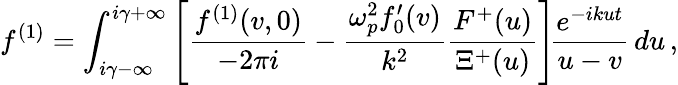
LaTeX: f^{(1)}=\int_{i\gamma-\infty}^{i\gamma+\infty}\left[\frac{f^{(1)}(v,0)}{-2\pi i}-\frac{\omega_{p}^{2}f_{0}^{\prime}(v)}{k^{2}}\frac{F^{+}(u)}{\Xi^{+}(u)}\right]\! \frac{e^{-ikut}}{u-v}\, du\, ,